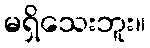
မရှိသေးဘူး။